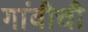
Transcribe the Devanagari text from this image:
गांवीची